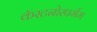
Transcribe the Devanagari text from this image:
कॅस्टनोस्पर्मम